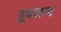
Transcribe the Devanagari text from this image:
दूधजन्य